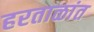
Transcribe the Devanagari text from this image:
हरताळांत